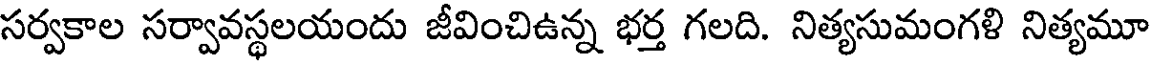
సర్వకాల సర్వావస్థలయందు జీవించిఉన్న భర్త గలది. నిత్యసుమంగళి నిత్యమూ